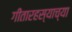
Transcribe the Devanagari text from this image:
गीतारहस्याच्या